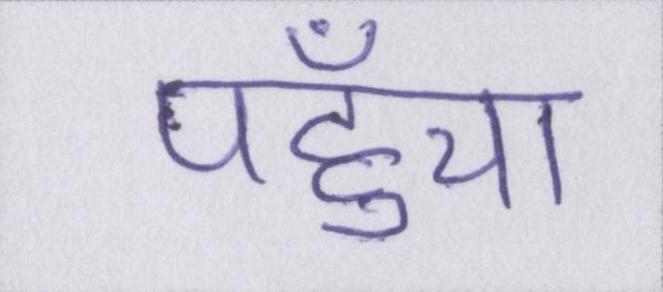
पहुँचा